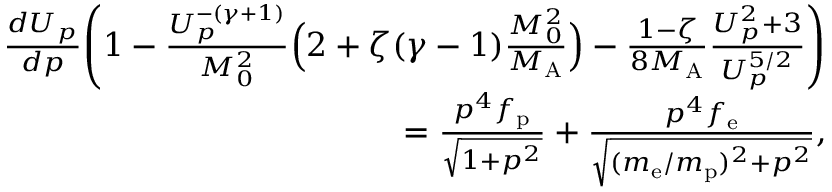
\begin{array} { r } { \frac { d U _ { p } } { d p } \Bigg ( 1 - \frac { U _ { p } ^ { - ( \gamma + 1 ) } } { M _ { 0 } ^ { 2 } } \Big ( 2 + \zeta ( \gamma - 1 ) \frac { M _ { 0 } ^ { 2 } } { M _ { \mathrm { A } } } \Big ) - \frac { 1 - \zeta } { 8 M _ { \mathrm { A } } } \frac { U _ { p } ^ { 2 } + 3 } { U _ { p } ^ { 5 / 2 } } \Bigg ) } \\ { = \frac { p ^ { 4 } f _ { \mathrm { p } } } { \sqrt { 1 + p ^ { 2 } } } + \frac { p ^ { 4 } f _ { \mathrm { e } } } { \sqrt { ( m _ { \mathrm { e } } / m _ { \mathrm { p } } ) ^ { 2 } + p ^ { 2 } } } , } \end{array}